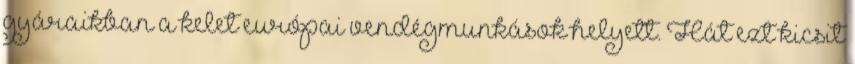
gyáraikban a kelet európai vendégmunkások helyett. Hát ezt kicsit